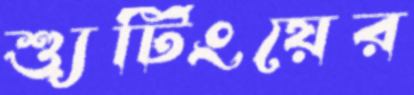
শ্যুটিংয়ের